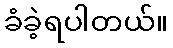
ခံခဲ့ရပါတယ်။